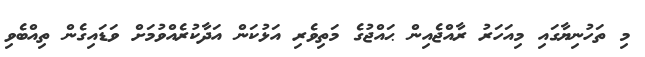
މި ތަހުނިޔާގައި މިއަހަރު ރާއްޖެއިން ޙައްޖުގެ މަތިވެރި އަޅުކަން އަދާކުރެއްވުމަށް ވަޑައިގެން ތިއްބެވި